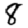
Digit: 8